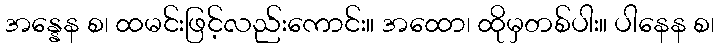
အန္နေန စ၊ ထမင်းဖြင့်လည်းကောင်း။ အထော၊ ထိုမှတစ်ပါး။ ပါနေန စ၊